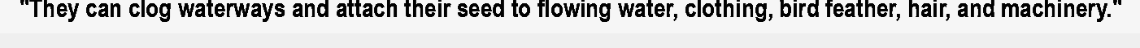
"They can clog waterways and attach their seed to flowing water, clothing, bird feather, hair, and machinery."